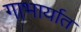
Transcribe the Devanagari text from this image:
गाभार्यात